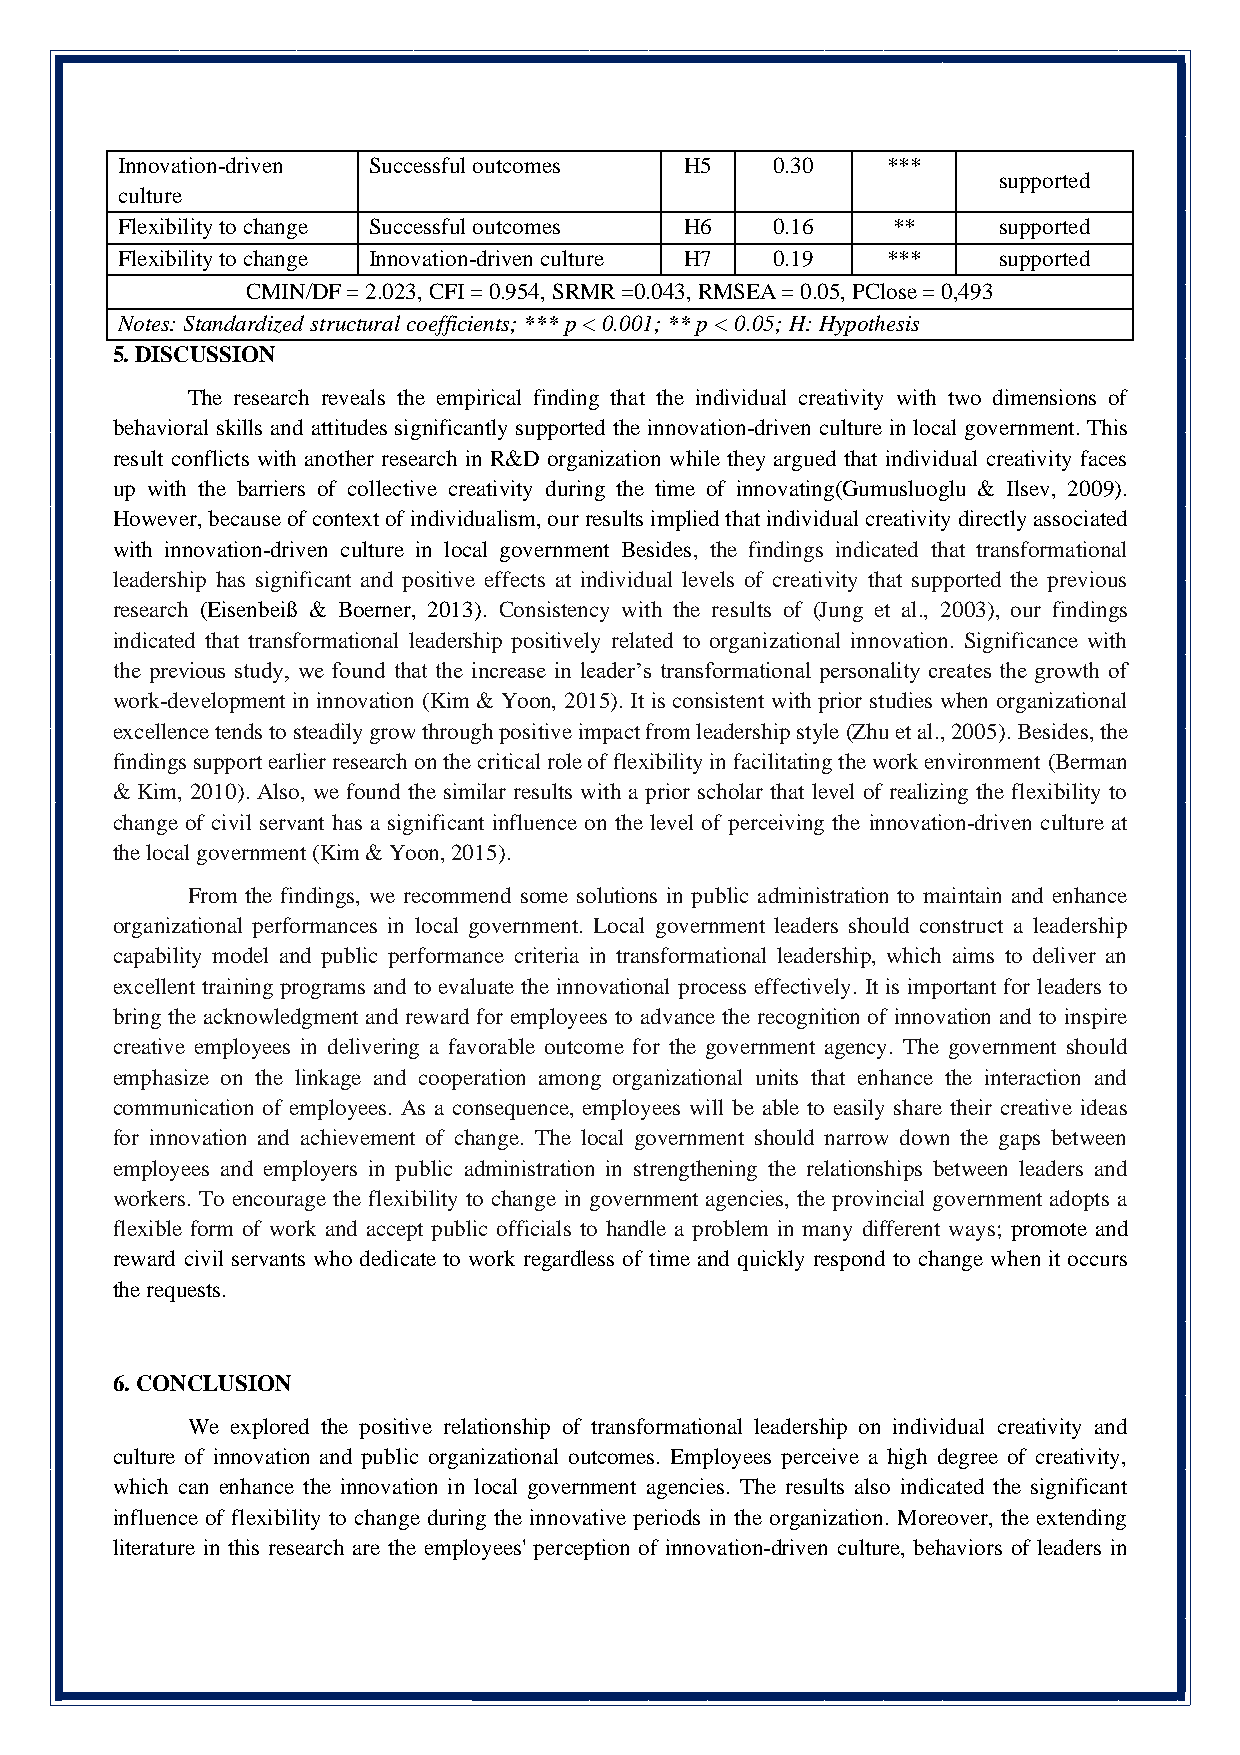
Innovation-driven Successful outcomes H5   0.30    ***
 supported
 culture
 Flexibility to change Successful outcomes H6 0.16  **     supported
 Flexibility to change Innovation-driven culture H7 0.19 *** supported
 CMIN/DF = 2.023, CFI = 0.954, SRMR =0.043, RMSEA = 0.05, PClose = 0,493
 Notes: Standardized structural coefficients; *** p < 0.001; ** p < 0.05; H: Hypothesis
 5. DISCUSSION
 The research reveals the empirical finding that the individual creativity with two dimensions of
 behavioral skills and attitudes significantly supported the innovation-driven culture in local government. This
 result conflicts with another research in R&D organization while they argued that individual creativity faces
 up with the barriers of collective creativity during the time of innovating(Gumusluoglu & Ilsev, 2009).
 However, because of context of individualism, our results implied that individual creativity directly associated
 with innovation-driven culture in local government Besides, the findings indicated that transformational
 leadership has significant and positive effects at individual levels of creativity that supported the previous
 research (Eisenbeiß & Boerner, 2013). Consistency with the results of (Jung et al., 2003), our findings
 indicated that transformational leadership positively related to organizational innovation. Significance with
 the previous study, we found that the increase in leader’s transformational personality creates the growth of
 work-development in innovation (Kim & Yoon, 2015). It is consistent with prior studies when organizational
 excellence tends to steadily grow through positive impact from leadership style (Zhu et al., 2005). Besides, the
 findings support earlier research on the critical role of flexibility in facilitating the work environment (Berman
 & Kim, 2010). Also, we found the similar results with a prior scholar that level of realizing the flexibility to
 change of civil servant has a significant influence on the level of perceiving the innovation-driven culture at
 the local government (Kim & Yoon, 2015).
 From the findings, we recommend some solutions in public administration to maintain and enhance
 organizational performances in local government. Local government leaders should construct a leadership
 capability model and public performance criteria in transformational leadership, which aims to deliver an
 excellent training programs and to evaluate the innovational process effectively. It is important for leaders to
 bring the acknowledgment and reward for employees to advance the recognition of innovation and to inspire
 creative employees in delivering a favorable outcome for the government agency. The government should
 emphasize on the linkage and cooperation among organizational units that enhance the interaction and
 communication of employees. As a consequence, employees will be able to easily share their creative ideas
 for innovation and achievement of change. The local government should narrow down the gaps between
 employees and employers in public administration in strengthening the relationships between leaders and
 workers. To encourage the flexibility to change in government agencies, the provincial government adopts a
 flexible form of work and accept public officials to handle a problem in many different ways; promote and
 reward civil servants who dedicate to work regardless of time and quickly respond to change when it occurs
 the requests.
 6. CONCLUSION
 We explored the positive relationship of transformational leadership on individual creativity and
 culture of innovation and public organizational outcomes. Employees perceive a high degree of creativity,
 which can enhance the innovation in local government agencies. The results also indicated the significant
 influence of flexibility to change during the innovative periods in the organization. Moreover, the extending
 literature in this research are the employees' perception of innovation-driven culture, behaviors of leaders in